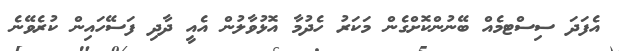
އެފަދަ ސިސްޓމެއް ބޭނުންކޮށްގެން މަކަރު ހެދުމާ އޮޅުވާލުން އެއީ ދާދި ފަސޭހައިން ކުރެވޭނެ